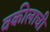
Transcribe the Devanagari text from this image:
वकीलाची